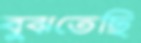
বুঝতেছি